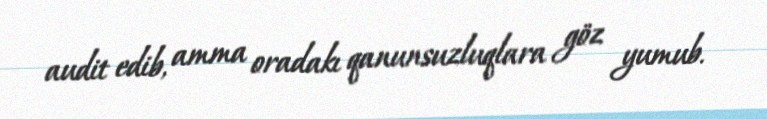
audit edib, amma oradakı qanunsuzluqlara göz yumub.